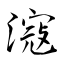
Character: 滱